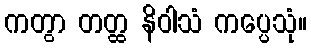
ကတွာ တတ္ထ နိဝါသံ ကပ္ပေသုံ။